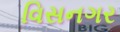
વિસનગર